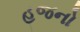
હજનો